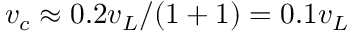
v _ { c } \approx 0 . 2 v _ { L } / ( 1 + 1 ) = 0 . 1 v _ { L }